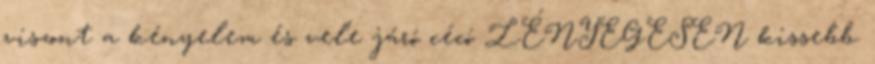
viszont a kényelem és vele járó cécó LÉNYEGESEN kissebb.